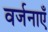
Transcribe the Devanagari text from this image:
वर्जनाएँ